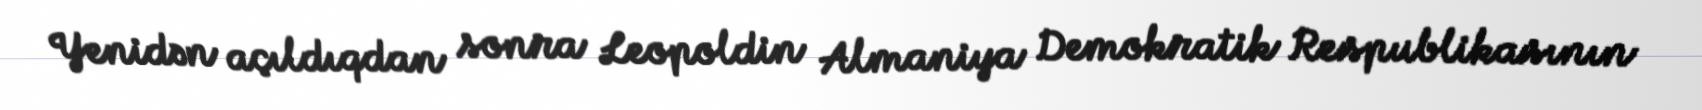
Yenidən açıldıqdan sonra Leopoldin Almaniya Demokratik Respublikasının